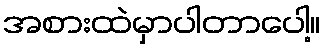
အစားထဲမှာပါတာပေါ့။